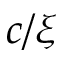
c / \xi